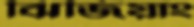
ঝিজিয়াং